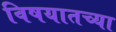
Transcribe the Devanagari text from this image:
विषयातच्या